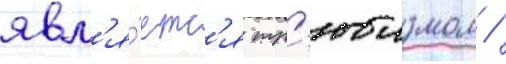
явл'я́етс'я тр'юизмом /